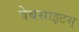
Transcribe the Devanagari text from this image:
वेबसाइटस्